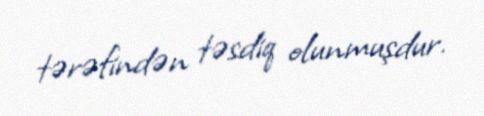
tərəfindən təsdiq olunmuşdur.